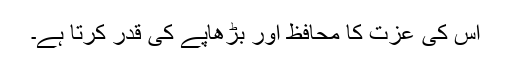
اس کی عزت کا محافظ اور بڑھاپے کی قدر کرتا ہے۔